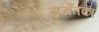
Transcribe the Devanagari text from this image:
सुर्खेतका